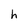
Character: h